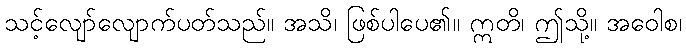
သင့်လျော်လျောက်ပတ်သည်။ အသိ၊ ဖြစ်ပါပေ၏။ ဣတိ၊ ဤသို့။ အဝေါစ၊